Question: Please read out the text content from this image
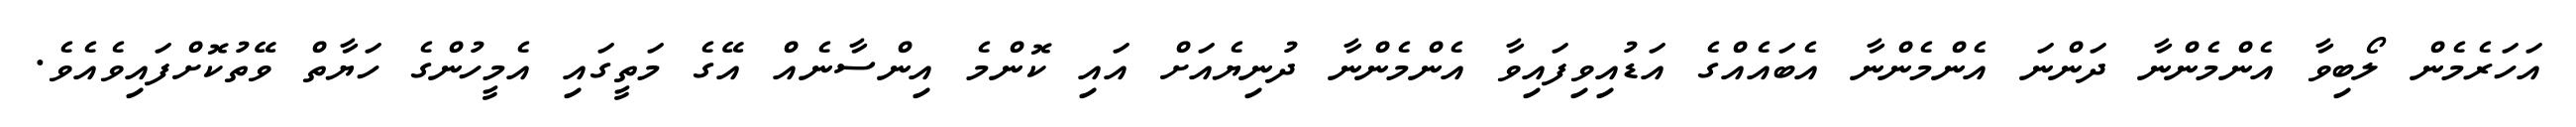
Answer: އަހަރެމެން ލޯބިވާ އެންމެންނާ ދަންނަ އެންމެންނާ އެބައެއްގެ އަޑުއިވިފައިވާ އެންމެންނާ ދުނިޔެއަށް އައި ކޮންމެ އިންސާނެއް އޭގެ މަތީގައި އެމީހުންގެ ހަޔާތް ވޭތުކޮށްފައިވެއެވެ.